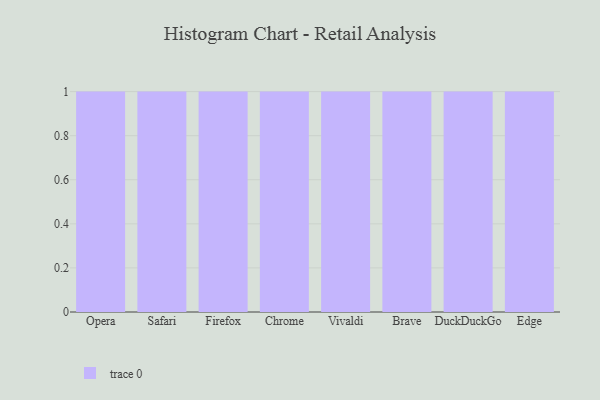
{"axis": {"x": "Browser", "y": "Demand Index"}, "legend": [""], "data": [{"x": "Opera", "y": 72, "type": ""}, {"x": "Safari", "y": 63, "type": ""}, {"x": "Firefox", "y": 8, "type": ""}, {"x": "Chrome", "y": 94, "type": ""}, {"x": "Vivaldi", "y": 88, "type": ""}, {"x": "Brave", "y": 86, "type": ""}, {"x": "DuckDuckGo", "y": 93, "type": ""}, {"x": "Edge", "y": 94, "type": ""}]}